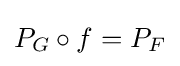
P_{G}\circ f=P_{F}